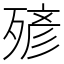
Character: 𣨹